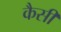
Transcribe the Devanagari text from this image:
कैसीं